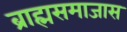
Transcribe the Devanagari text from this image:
ब्राह्मसमाजास